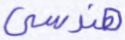
هندسي